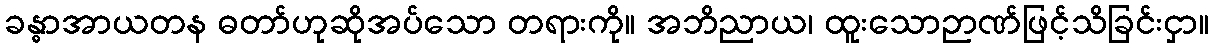
ခန္ဓာအာယတန ဓတာ်ဟုဆိုအပ်သော တရားကို။ အဘိညာယ၊ ထူးသောဉာဏ်ဖြင့်သိခြင်းငှာ။